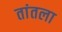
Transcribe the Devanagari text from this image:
तांतला